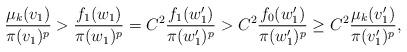
LaTeX: \begin{align*}\frac{\mu_k(v_{1})}{\pi(v_{1})^p} > \frac{f_{1}(w_{1})}{\pi(w_{1})^p} = C^2 \frac{f_{1}(w_{1}')}{\pi(w_{1}')^p} > C^2 \frac{f_0(w_{1}')}{\pi(w_{1}')^p} \ge C^2 \frac{\mu_k(v_{1}')}{\pi(v_{1}')^p},\end{align*}